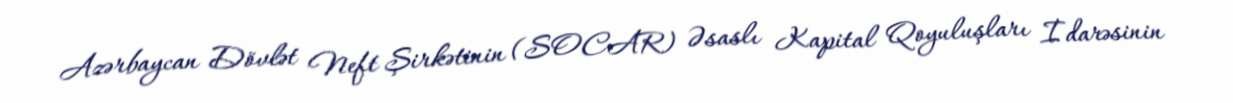
Azərbaycan Dövlət Neft Şirkətinin (SOCAR) Əsaslı Kapital Qoyuluşları İdarəsinin